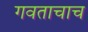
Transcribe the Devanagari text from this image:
गवताचाच